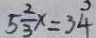
5 \frac { 2 } { 3 } x = 3 4